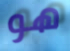
هو